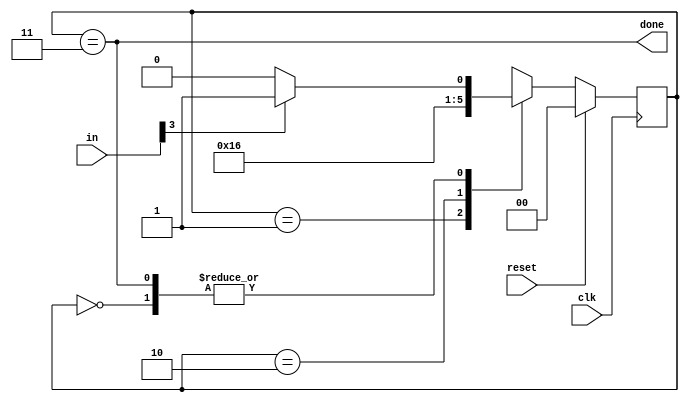
module top_module(
    input clk,
    input [7:0] in,
    input reset,    // Synchronous reset
    output done); //
    
    //each byte is read-in in each cycle
    parameter byte1=2'd0, byte2=2'd1, byte3=2'd2, Done=2'd3;
    reg[1:0] state, next_state;
    // State transition logic (combinational)
    always@(*)begin
        case(state)
            byte1: next_state = in[3]? byte2:byte1;
            byte2: next_state = byte3;
            byte3: next_state = Done;
            Done : next_state = in[3]?byte2:byte1;
        endcase
    end
    // State flip-flops (sequential)
    always@(posedge clk)begin
        if(reset)state<=byte1;
     	else state<=next_state;
    end
    // Output logic
    assign done = (state == Done);
endmodule